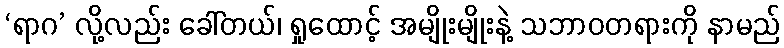
‘ရာဂ’ လို့လည်း ခေါ်တယ်၊ ရှုထောင့် အမျိုးမျိုးနဲ့ သဘာဝတရားကို နာမည်